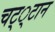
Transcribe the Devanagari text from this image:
चट््टान